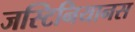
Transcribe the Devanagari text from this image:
जस्टिनियानस